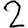
Digit: 2